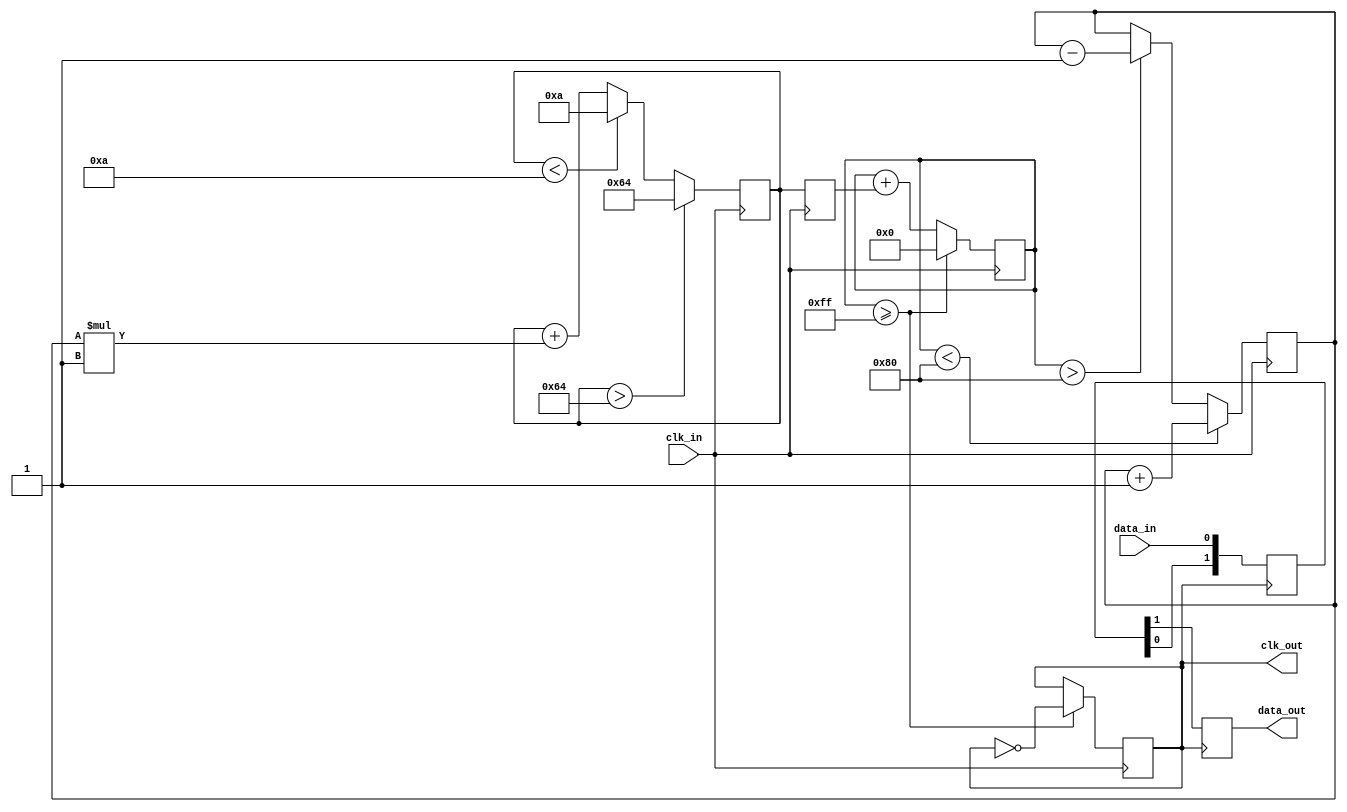
module pll_synchronizer (
    input wire clk_in,          // Incoming clock signal
    input wire data_in,         // Incoming data signal
    output reg data_out,        // Synchronized data output
    output reg clk_out          // Output clock signal
);

    // Parameters
    parameter integer VCO_MAX_FREQ = 100; // Max frequency of VCO
    parameter integer VCO_MIN_FREQ = 10;   // Min frequency of VCO
    parameter integer LOOP_FILTER_GAIN = 1; // Gain for loop filter

    // Internal signals
    reg [7:0] phase_error;          // Phase error signal
    reg [7:0] control_voltage;       // Control voltage for VCO
    reg [7:0] vco_freq;              // Frequency of VCO
    reg [7:0] vco_counter;           // VCO frequency counter
    reg vco_clk;                     // VCO clock signal
    reg [1:0] sync_ff;               // Data synchronizer flip-flops

    // Phase Detector
    always @(posedge clk_in) begin
        if (vco_counter < 128) begin
            phase_error <= phase_error + 1; // VCO is slow
        end else if (vco_counter > 128) begin
            phase_error <= phase_error - 1; // VCO is fast
        end
    end

    // Loop Filter
    always @(posedge clk_in) begin
        control_voltage <= control_voltage + (phase_error * LOOP_FILTER_GAIN);
        if (control_voltage > VCO_MAX_FREQ) begin
            control_voltage <= VCO_MAX_FREQ;
        end else if (control_voltage < VCO_MIN_FREQ) begin
            control_voltage <= VCO_MIN_FREQ;
        end
    end

    // Voltage-Controlled Oscillator (VCO)
    always @(posedge clk_in) begin
        vco_freq <= control_voltage;
        vco_counter <= vco_counter + vco_freq;
        if (vco_counter >= 255) begin
            vco_counter <= 0;
            vco_clk <= ~vco_clk; // Toggle VCO clock
        end
    end

    // Output Clock
    assign clk_out = vco_clk;

    // Data Synchronizer
    always @(posedge vco_clk) begin
        sync_ff <= {sync_ff[0], data_in}; // Shift register for synchronization
        data_out <= sync_ff[1];           // Output synchronized data
    end

endmodule